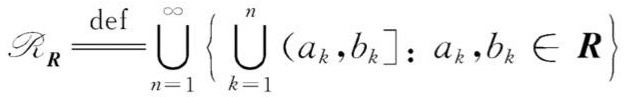
$\mathscr{R}_{\boldsymbol{R}} \stackrel{\text { def }}{=} \bigcup_{n=1}^{\infty}\left\{\bigcup_{k=1}^{n}\left(a_{k}, b_{k}\right]: a_{k}, b_{k} \in \boldsymbol{R}\right\}$